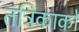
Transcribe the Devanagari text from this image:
तंत्रिकाको